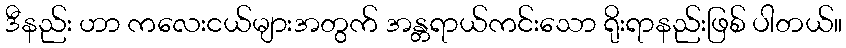
ဒီနည်း ဟာ ကလေးငယ်များအတွက် အန္တရာယ်ကင်းသော ရိုးရာနည်းဖြစ် ပါတယ်။